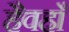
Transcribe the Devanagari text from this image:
हैवहाँ